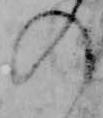
の